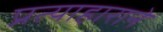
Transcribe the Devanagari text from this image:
प्रत्याहाराने